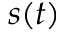
s ( t )